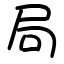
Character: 局